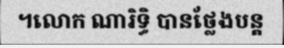
។លោក ណារិទ្ធិ បានថ្លែងបន្ត